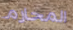
المحارم